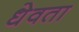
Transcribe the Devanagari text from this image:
धेवता